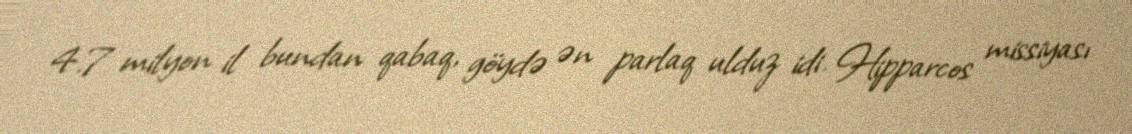
4.7 milyon il bundan qabaq, göydə ən parlaq ulduz idi. Hipparcos missiyası